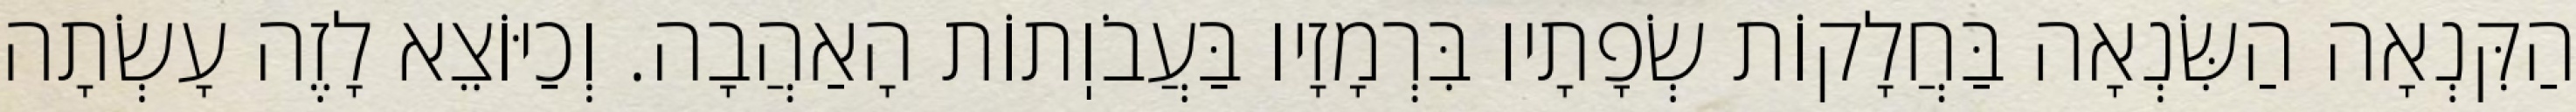
הַקִּנְאָה הַשִּׂנְאָה בַּחֲלָקוֹת שְׂפָתָיו בִּרְמָזָיו בַּעֲבֹוֽתוֹת הָאַהֲבָה. וְכַיּוֹצֵא לָזֶה עָשְׂתָה